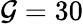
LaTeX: \mathcal{G}=30